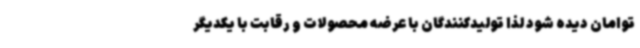
توامان دیده شود لذا تولیدکنندگان با عرضه محصولات و رقابت با یکدیگر